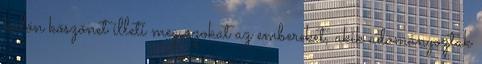
külön köszönet illeti meg azokat az embereket, akik adományoztak